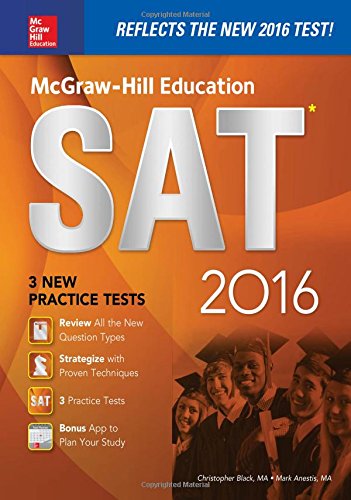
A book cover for McGraw-Hill Education SAT 2016 Edition (Mcgraw Hill's Sat); Christopher Black; Test Preparation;